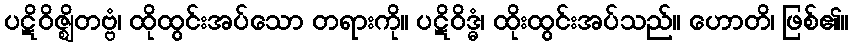
ပဋိဝိဇ္ဈိတဗ္ဗံ၊ ထိုထွင်းအပ်သော တရားကို။ ပဋိဝိဒ္ဓံ၊ ထိုးထွင်းအပ်သည်။ ဟောတိ၊ ဖြစ်၏။